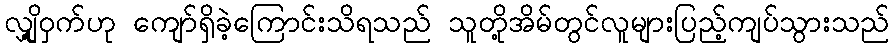
လျှို့ဝှက်ဟု ကျော်ရှိခဲ့ကြောင်းသိရသည် သူတို့အိမ်တွင်လူများပြည့်ကျပ်သွားသည်